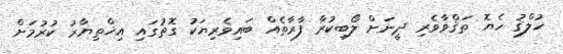
ޚުލްޤު ހެޔޮ ތަޤްވާވެރި ދީނަށް ލޯބިކުރާ ފާރާތެއް ބައިވެރިޔަކު ގޮތުގައި އިޚްތިޔާރު ކުރުމަށް